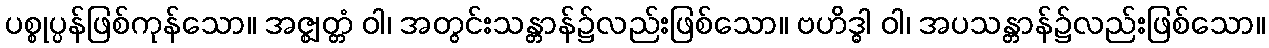
ပစ္စုပ္ပန်ဖြစ်ကုန်သော။ အဇ္ဈတ္တံ ဝါ၊ အတွင်းသန္တာန်၌လည်းဖြစ်သော။ ဗဟိဒ္ဓါ ဝါ၊ အပသန္တာန်၌လည်းဖြစ်သော။